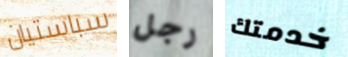
سباستيان رجل خدمتك